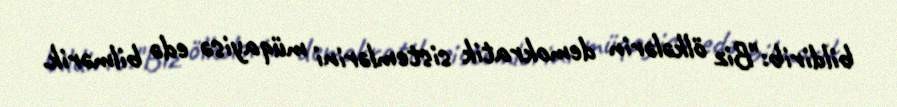
bildirib:"Biz ölkələrin demokratik sistemlərini müqayisə edə bilmərik.